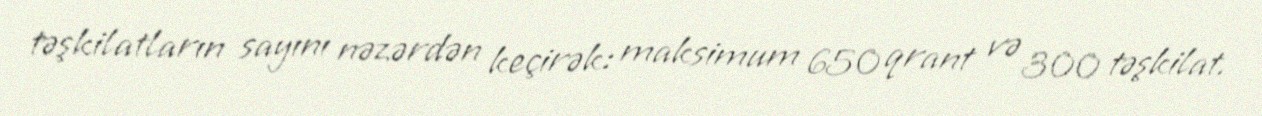
təşkilatların sayını nəzərdən keçirək: maksimum 650 qrant və 300 təşkilat.